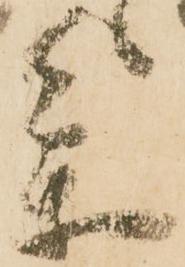
参